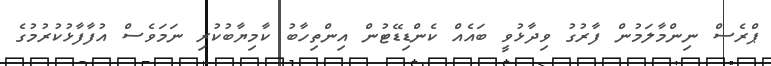
ޕްރެސް ނިންމާލަމުން ފާރުގު ވިދާޅުވީ ބައެއް ކެންޑިޑޭޓުން އިންތިހާބު ކާމިޔާބުކުރި ނަމަވެސް އުފާފާޅުކުރުމުގެ